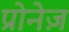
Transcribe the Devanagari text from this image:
प्रोनेज़